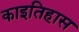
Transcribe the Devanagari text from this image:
काइतिहास